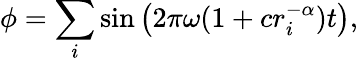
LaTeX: \phi=\sum_{i}\sin\left(2\pi\omega(1+cr_{i}^{-\alpha})t\right),